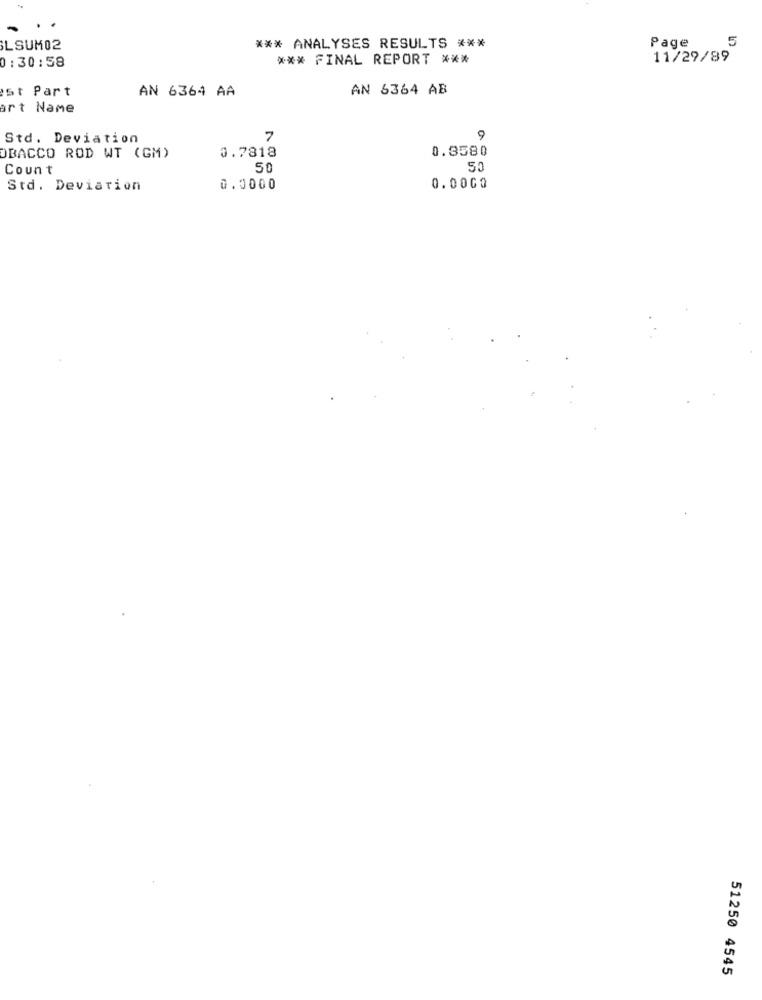
Page
5
LSUM02
*** ANALYSES RESULTS ***
0:30:58
*** FINAL REPORT ***
11/29/89
St Part
AN 6364 AA
AN 6364 AB
art Name
Std. Deviation
7
9
0.3580
OBACCO ROD WT (GM)
0.7818
Count
50
50
Std. Deviation
0.0000
0.000O
51250 4545